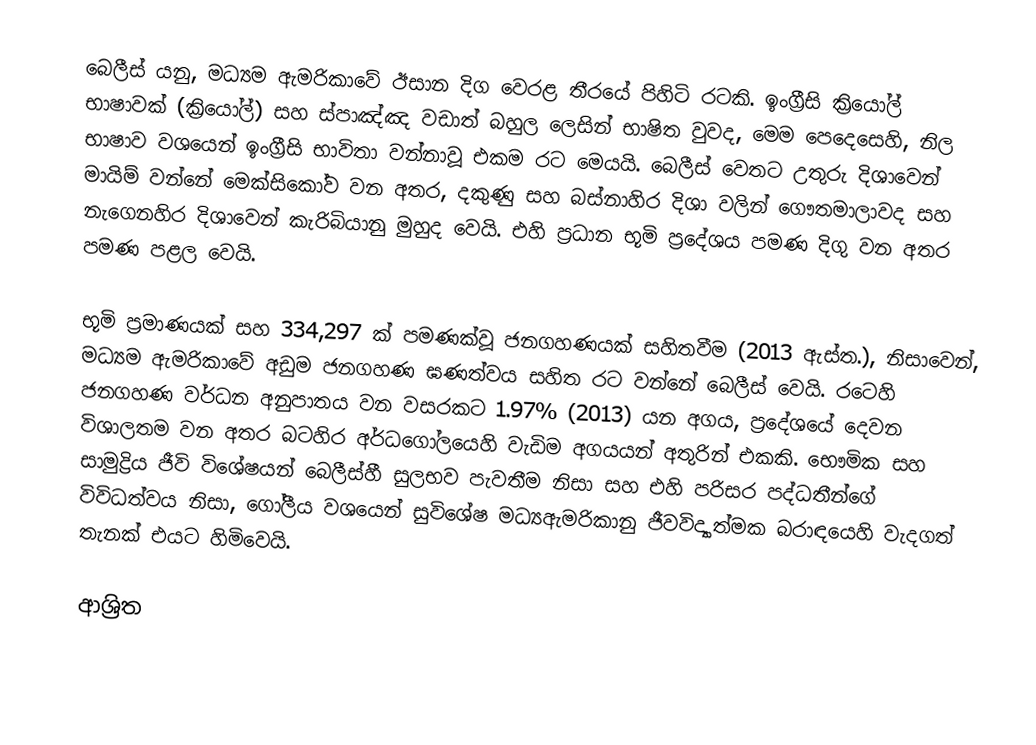
බෙලීස් යනු,  මධ්‍යම ඇමරිකාවේ ඊසාන දිග වෙරළ තීරයේ පිහිටි රටකි. ඉංග්‍රීසි ක්‍රියෝල් භාෂාවක් (ක්‍රියෝල්) සහ ස්පාඤ්ඤ වඩාත් බහුල ලෙසින් භාෂිත වුවද, මෙම පෙදෙසෙහි, නිල භාෂාව වශයෙන් ඉංග්‍රීසි භාවිතා වන්නාවූ එකම රට මෙයයි. බෙලීස් වෙතට උතුරු දිශාවෙන් මායිම් වන්නේ මෙක්සිකෝව වන අතර, දකුණු සහ බස්නාහිර දිශා වලින්   ගෞතමාලාවද සහ නැගෙනහිර දිශාවෙන් කැරිබියානු මුහුද වෙයි. එහි ප්‍රධාන භූමි ප්‍රදේශය   පමණ දිගු වන අතර  පමණ පළල වෙයි.

 භූමි ප්‍රමාණයක් සහ  334,297 ක් පමණක්වූ ජනගහණයක් සහිතවීම (2013 ඇස්ත.), නිසාවෙන්, මධ්‍යම ඇමරිකාවේ අඩුම ජනගහණ ඝණත්වය සහිත රට වන්නේ බෙලීස් වෙයි. රටෙහි ජනගහණ වර්ධන අනුපාතය වන  වසරකට 1.97% (2013) යන අගය, ප්‍රදේශයේ දෙවන විශාලතම වන අතර බටහිර අර්ධගෝලයෙහි වැඩිම අගයයන් අතුරින් එකකි. භෞමික සහ සාමුද්‍රිය ජීවි විශේෂයන් බෙලීස්හී සුලභව පැවතීම නිසා සහ එහි පරිසර පද්ධතීන්ගේ විවිධත්වය නිසා, ගෝලීය වශයෙන් සුවිශේෂ  මධ්‍යඇමරිකානු ජීවවිද්‍යාත්මක බරාඳයෙහි වැදගත් තැනක් එයට හිමිවෙයි.

ආශ්‍රිත